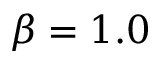
\beta = 1 . 0